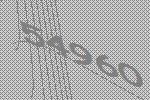
54960